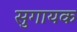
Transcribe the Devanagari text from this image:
सुगायक